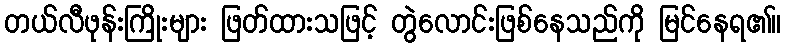
တယ်လီဖုန်းကြိုးများ ဖြတ်ထားသဖြင့် တွဲလောင်းဖြစ်နေသည်ကို မြင်နေရ၏။